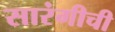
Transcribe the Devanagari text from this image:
सारंगीची